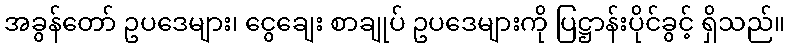
အခွန်တော် ဥပဒေများ၊ ငွေချေး စာချုပ် ဥပဒေများကို ပြဋ္ဌာန်းပိုင်ခွင့် ရှိသည်။